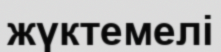
жүктемелі